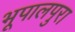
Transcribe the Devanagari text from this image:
भूपालपुरा